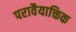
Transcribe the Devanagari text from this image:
परावैयाक्तिक